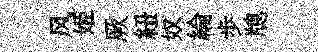
风姬厥紐奴綸歩牕